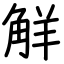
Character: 觧